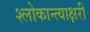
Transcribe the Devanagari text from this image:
श्लोकान्त्याक्षरी